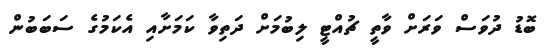
ބޮޑު ދުވަސް ވަރަށް ވާތީ ޗުއްޓީ ލިބުމަށް ދަތިވާ ކަމަށާއި އެކަމުގެ ސަބަބުން